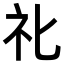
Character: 𥘇